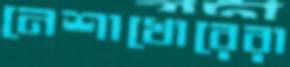
নেশাখোরেরা